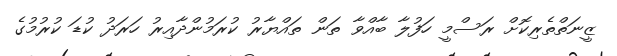
ޒީނަތްތެރިކޮށް ރަސްމީ ހަފުލާ ބާއްވާ ތަން ތައްޔާރު ކުރަމުންދާއިރު ހަރަދު ކުޑަ ކުރުމުގެ